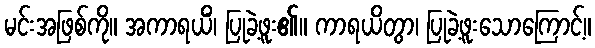
မင်းအဖြစ်ကို။ အကာရယိံ၊ ပြုခဲ့ဖူး၏။ ကာရယိတွာ၊ ပြုခဲ့ဖူးသောကြောင့်။